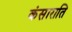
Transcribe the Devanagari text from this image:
कंसाराति